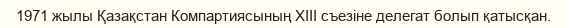
1971 жылы Қазақстан Компартиясының ХІІІ съезіне делегат болып қатысқан.